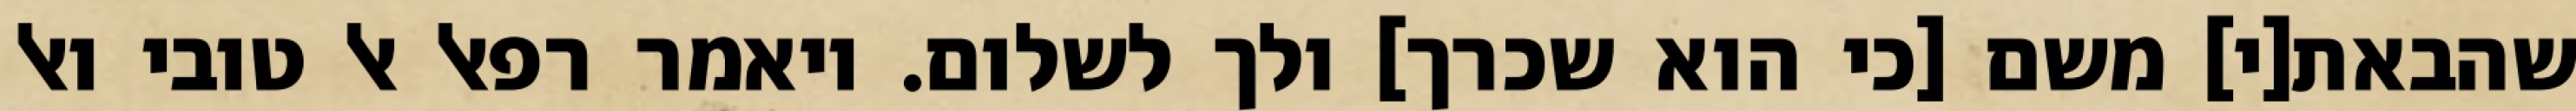
שהבאת[י] משם [כי הוא שכרך] ולך לשלום. ויאמר רפאל אל טובי ואל